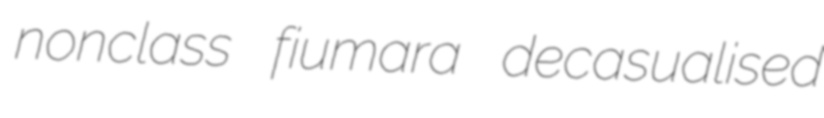
nonclass fiumara decasualised